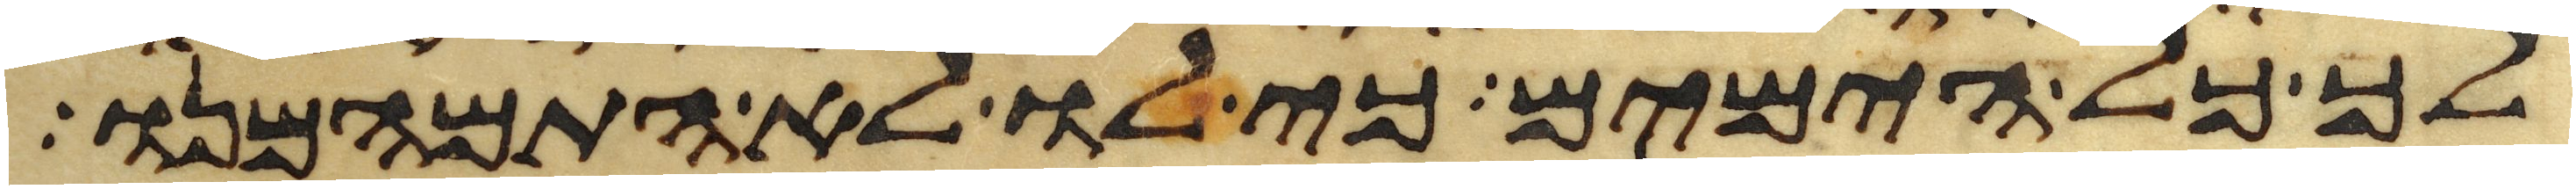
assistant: לך כל הימים כי לו לא התמהמנו